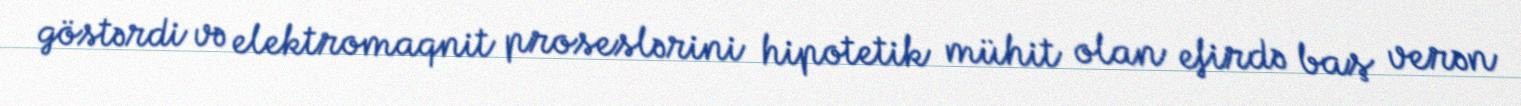
göstərdi və elektromaqnit proseslərini hipotetik mühit olan efirdə baş verən